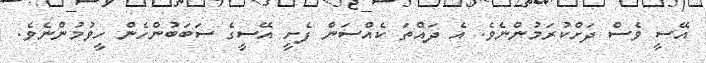
އޭސީ ވެސް ދަށްކުރަމުންނެވެ. އެ ދައްތަ ކެއްސަން ފެށީ އޭސީގެ ސަބަބުންހެން ހީވުމުންނެވެ.